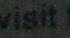
visit